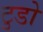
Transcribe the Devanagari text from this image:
टुडो